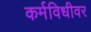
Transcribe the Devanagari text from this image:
कर्मविधीवर